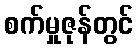
စက်မှုဇုန်တွင်